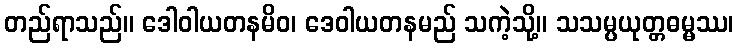
တည်ရာသည်။ ဒေါဝါယတနမိဝ၊ ဒေဝါယတနမည် သကဲ့သို့။ သသမ္ပယုတ္တဓမ္မဿ၊